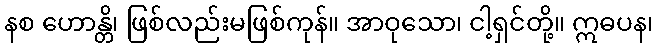
နစ ဟောန္တိ၊ ဖြစ်လည်းမဖြစ်ကုန်။ အာဝုသော၊ ငါ့ရှင်တို့။ ဣဓပန၊